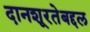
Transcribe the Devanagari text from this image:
दानशूरतेबद्दल